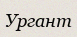
Ургант